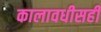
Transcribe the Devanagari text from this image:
कालावधीसही